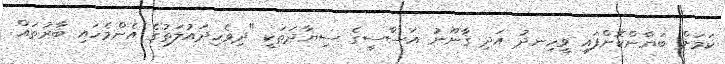
ކަމަށް ބަޔާންކޮށްފައި ވީހިނދު އަދި ޤާނޫނު އަސާސީގެ ސިޔާދަތަކީ "ދިވެހިދައުލަތުގެ އެންމެހައި ބާރުތައް